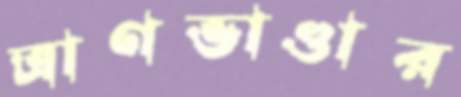
ত্রাণভাণ্ডার